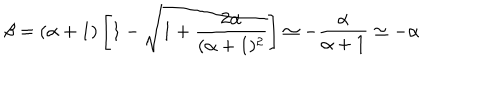
LaTeX: \beta = ( \alpha + 1 ) \left[ 1 - \sqrt { 1 + \frac { 2 \alpha } { ( \alpha + 1 ) ^ { 2 } } } \right] \simeq - \frac { \alpha } { \alpha + 1 } \simeq - \alpha